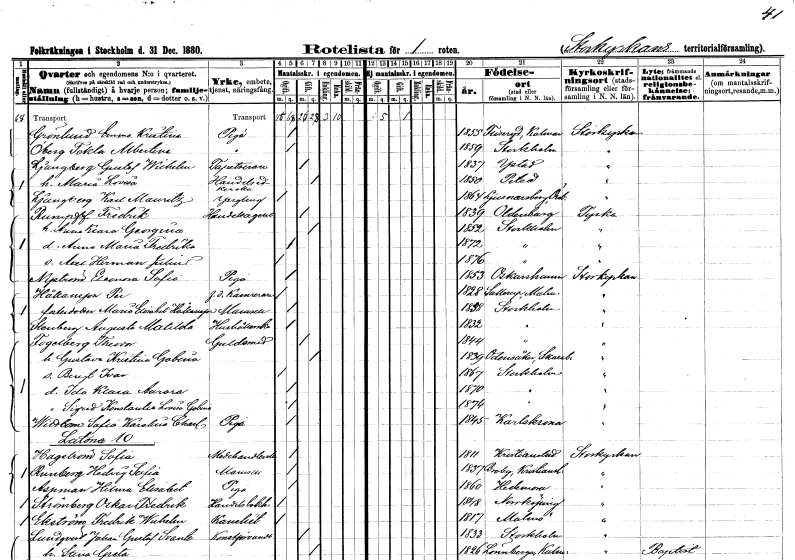
gt_parse: households: individuals: FN: Emma Kristina
EN: Grönlund
YRKE: Piga
KON: K
CIV: O
FODAR: 1855
FODFORS: Fliseryd Kalmar län
FN: Tekla Albertina
EN: Öberg
YRKE: Piga
KON: K
CIV: O
FODAR: 1859
FODFORS: Stockholm
FN: Gustaf Wilhelm
EN: Ljungberg
YRKE: Tapetserare
KON: M
CIV: G
FODAR: 1837
FODFORS: Ystad Malmöhus län
FN: Maria Lovisa
YRKE: Handelsidkerska
KON: K
CIV: G
FODAR: 1850
FODFORS: Piteå Norrbottens län
FN: Karl Mauritz
EN: Ljungberg
KON: M
CIV: O
FODAR: 1864
FODFORS: Ljusnarsberg Örebro län
FN: Fredrik
EN: Rumpff
YRKE: Handelsagent
KON: M
CIV: G
FODAR: 1839
FN: Anna Klara Georgina
KON: K
CIV: G
FODAR: 1852
FODFORS: Stockholm
FN: Anna Maria Fredrika
KON: K
CIV: O
FODAR: 1872
FODFORS: Stockholm
FN: Axel Herman Julius
KON: M
CIV: O
FODAR: 1876
FODFORS: Stockholm
FN: Eleonora Sofia
EN: Nyström
YRKE: Piga
KON: K
CIV: O
FODAR: 1853
FODFORS: Oskarshamn Kalmar län
FN: Per
EN: Håkansson
YRKE: Kamrerare f.d.
KON: M
CIV: O
FODAR: 1828
FODFORS: Sallerup Malmöhus län
FN: Maria Elisabet
EN: Håkansson
KON: K
CIV: O
FODAR: 1858
FODFORS: Stockholm
FN: Augusta Matilda
EN: Stenberg
YRKE: Hushållerska
KON: K
CIV: O
FODAR: 1832
FODFORS: Stockholm
FN: Theodor
EN: Fogelberg
YRKE: Guldsmed
KON: M
CIV: G
FODAR: 1844
FODFORS: Stockholm
FN: Gustava Kristina Gobina
KON: K
CIV: G
FODAR: 1839
FODFORS: Odensåker Skaraborgs län
FN: Bengt Ivar
KON: M
CIV: O
FODAR: 1867
FODFORS: Stockholm
FN: Ida Klara Aurora
KON: K
CIV: O
FODAR: 1870
FODFORS: Stockholm
FN: Sigrid Konstantia Lovisa Gobina
KON: K
CIV: O
FODAR: 1874
FODFORS: Stockholm
FN: Sofia Karolina Charlotta
EN: Wittbom
YRKE: Piga
KON: K
CIV: O
FODAR: 1845
FODFORS: Karlskrona Blekinge län
FN: Sofia
EN: Hagström
YRKE: Modehandlerska
KON: K
CIV: O
FODAR: 1811
FODFORS: Kristianstad Kristianstads län
FN: Hedvig Sofia
EN: Runberg
KON: K
CIV: O
FODAR: 1857
FODFORS: Broby Kristianstads län
FN: Hilma Elisabet
EN: Aspman
YRKE: Piga
KON: K
CIV: O
FODAR: 1860
FODFORS: Hedemora Kopparbergs län
FN: Oskar Fredrik
EN: Strömberg
YRKE: Handelsbokhållare
KON: M
CIV: O
FODAR: 1848
FODFORS: Norrköping Östergötlands län
FN: Fredrik Wilhelm
EN: Ekström
YRKE: Kanslist
KON: M
CIV: O
FODAR: 1817
FODFORS: Malmö Malmöhus län